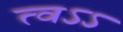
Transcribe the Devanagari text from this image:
त्वऽऽ